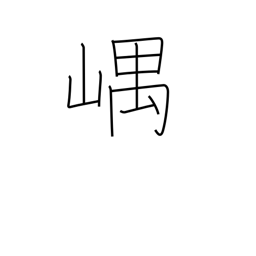
Meaning: mountain recesses